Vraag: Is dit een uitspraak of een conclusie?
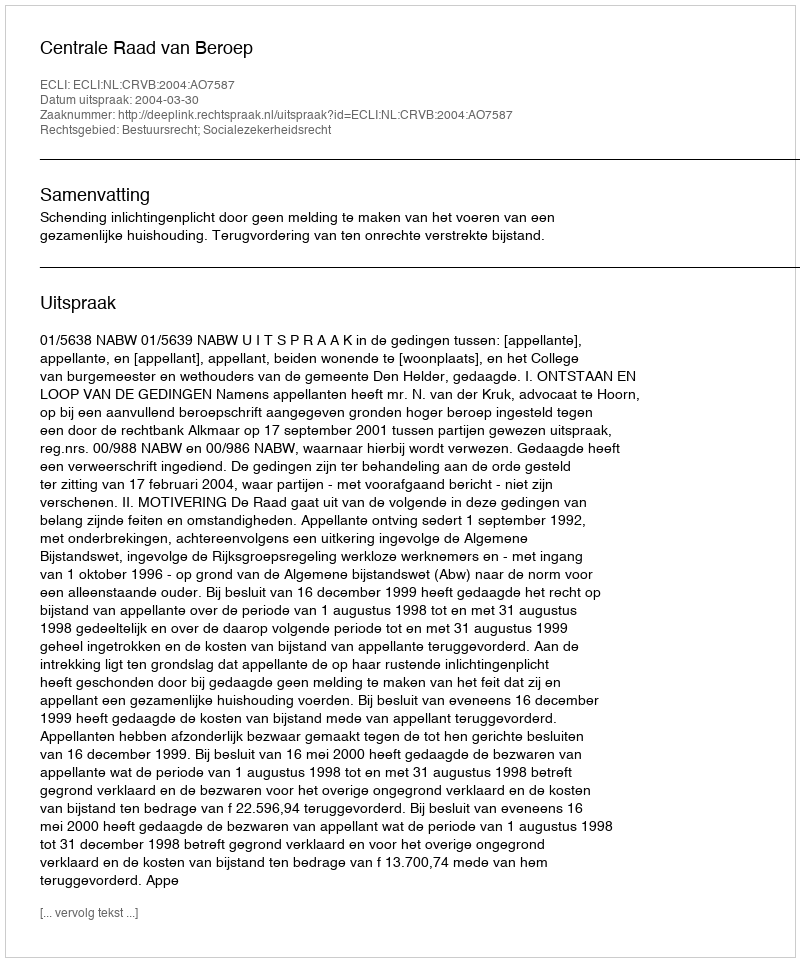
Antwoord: Uitspraak